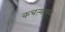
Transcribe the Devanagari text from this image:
कचऱ्यामुळे